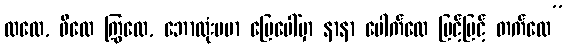
ထလေ, ဖိလေ ကြွလေ, ဘောလုံးပမာ မြေပေါ်မှာ နာနာ ပေါက်လေ မြင့်မြင့် တက်လေ”